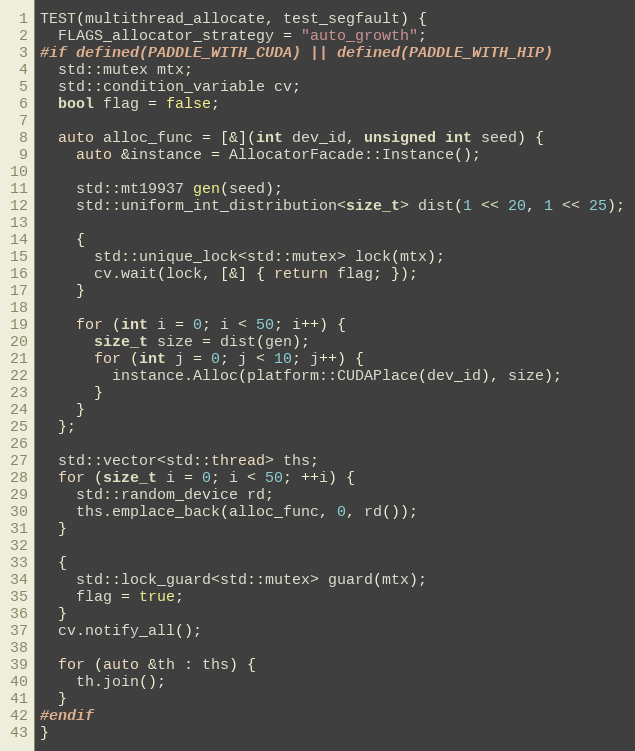
Language: C++
TEST(multithread_allocate, test_segfault) {
  FLAGS_allocator_strategy = "auto_growth";
#if defined(PADDLE_WITH_CUDA) || defined(PADDLE_WITH_HIP)
  std::mutex mtx;
  std::condition_variable cv;
  bool flag = false;

  auto alloc_func = [&](int dev_id, unsigned int seed) {
    auto &instance = AllocatorFacade::Instance();

    std::mt19937 gen(seed);
    std::uniform_int_distribution<size_t> dist(1 << 20, 1 << 25);

    {
      std::unique_lock<std::mutex> lock(mtx);
      cv.wait(lock, [&] { return flag; });
    }

    for (int i = 0; i < 50; i++) {
      size_t size = dist(gen);
      for (int j = 0; j < 10; j++) {
        instance.Alloc(platform::CUDAPlace(dev_id), size);
      }
    }
  };

  std::vector<std::thread> ths;
  for (size_t i = 0; i < 50; ++i) {
    std::random_device rd;
    ths.emplace_back(alloc_func, 0, rd());
  }

  {
    std::lock_guard<std::mutex> guard(mtx);
    flag = true;
  }
  cv.notify_all();

  for (auto &th : ths) {
    th.join();
  }
#endif
}